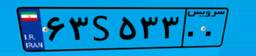
۶۳S۵۳۳۰۰